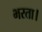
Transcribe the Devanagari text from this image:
भरता।